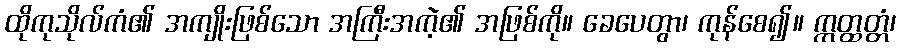
ထိုကုသိုလ်ကံ၏ အကျိုးဖြစ်သော အကြီးအကဲ့၏ အဖြစ်ကို။ ခေပေတွာ၊ ကုန်စေ၍။ ဣတ္ထတ္တံ၊